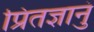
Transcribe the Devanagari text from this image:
प्रितज्ञानुं